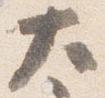
大